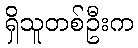
ရှိသူတစ်ဦးက